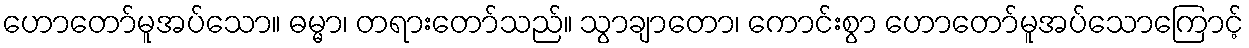
ဟောတော်မူအပ်သော။ ဓမ္မာ၊ တရားတော်သည်။ သွာချာတော၊ ကောင်းစွာ ဟောတော်မူအပ်သောကြောင့်